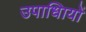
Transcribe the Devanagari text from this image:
उपाधिायों